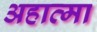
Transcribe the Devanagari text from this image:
अहात्मा